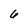
Character: 6